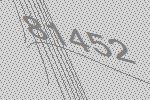
81452